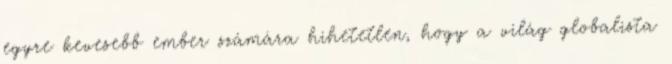
egyre kevesebb ember számára hihetetlen, hogy a világ globalista